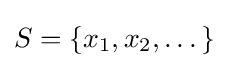
S=\{x_{1},x_{2},\dots \}